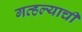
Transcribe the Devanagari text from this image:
गव्हल्याची